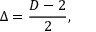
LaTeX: \Delta = { \frac { D - 2 } { 2 } } ,